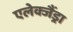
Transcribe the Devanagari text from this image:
एलेक्जैंड्रा